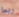
ربما